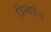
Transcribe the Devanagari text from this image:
विस्बडेन